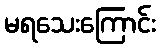
မရသေးကြောင်း